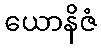
ယောနိဇံ